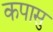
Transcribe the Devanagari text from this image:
कपासु